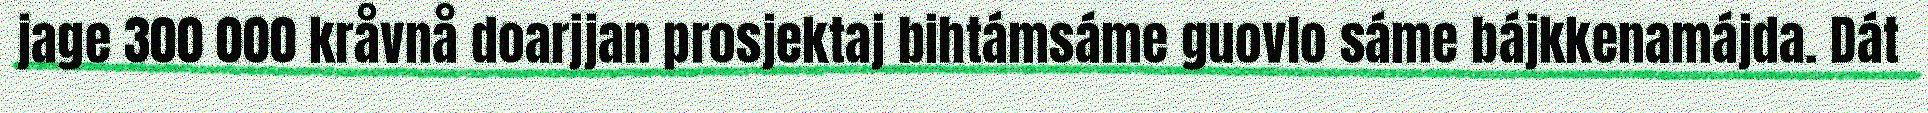
jage 300 000 kråvnå doarjjan prosjektaj bihtámsáme guovlo sáme bájkkenamájda. Dát